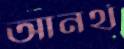
আনর্থ